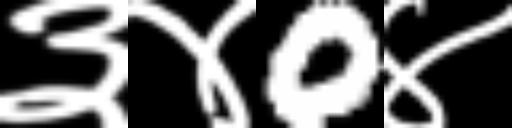
Text: ३४0४